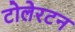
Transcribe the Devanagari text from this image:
टोलेरटन